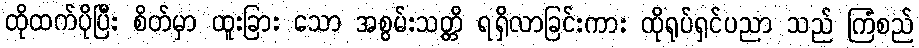
ထိုထက်ပိုပြီး စိတ်မှာ ထူးခြား သော အစွမ်းသတ္တိ ရရှိလာခြင်းကား ထိုရုပ်ရှင်ပညာ သည် ကြံစည်